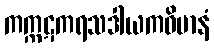
ကက္ကဋကရသဒါယကဝိမာနံ